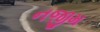
નજીમ